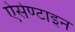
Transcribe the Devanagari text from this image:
ऐसेण्टाइन